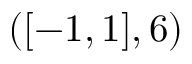
( [ - 1 , 1 ] , 6 )